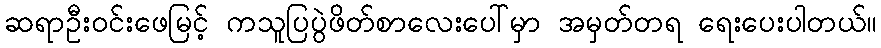
ဆရာဦးဝင်းဖေမြင့် ကသူပြပွဲဖိတ်စာလေးပေါ်မှာ အမှတ်တရ ရေးပေးပါတယ်။